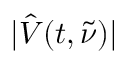
| \hat { V } ( t , \tilde { \nu } ) |